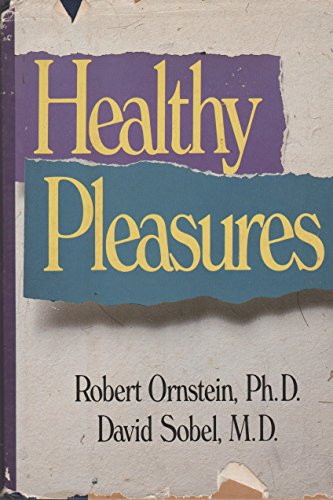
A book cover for Healthy Pleasures; Robert E. Ornstein; Health, Fitness & Dieting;